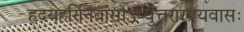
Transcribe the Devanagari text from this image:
हृदयहरिनिवासोऽप्युत्तरारण्यवासः